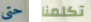
حتى تكلمنا